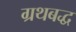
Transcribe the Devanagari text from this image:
ग्रथबद्ध